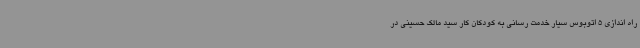
راه اندازی 5 اتوبوس سیار خدمت رسانی به کودکان کار سید مالک حسینی در